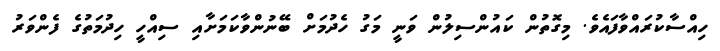
ހިއްސާކުރައްވާފައެވެ. މިގޮތުން ކައުންސިލުން ވަނީ މަގު ހެދުމަށް ބޭނުންވާކަމަށާއި ސިއްހީ ހިދުމަތުގެ ފެންވަރު